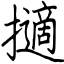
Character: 擿